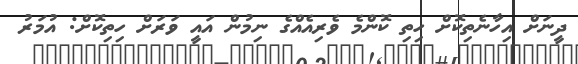
ދީނަށް އިހާނެތިކޮށް ހިތި ކޮންމެ ވެރިއެއްގެ ނިމުން އައީ ވަރަށް ހިތިކޮށް: އުމަރު